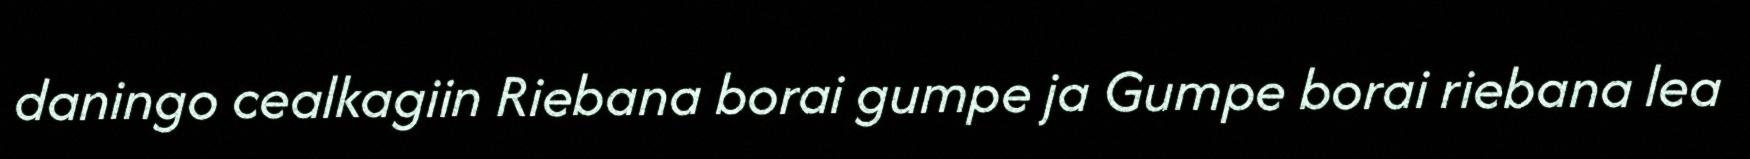
daningo cealkagiin Riebana borai gumpe ja Gumpe borai riebana lea